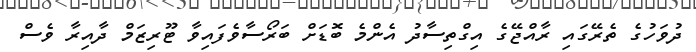
ދުވަހުގެ ތެރޭގައި ރާއްޖޭގެ އިގްތިސާދު އެންމެ ބޮޑަށް ބަރޯސާވެފައިވާ ޓޫރިޒަމް ދާއިރާ ވެސް